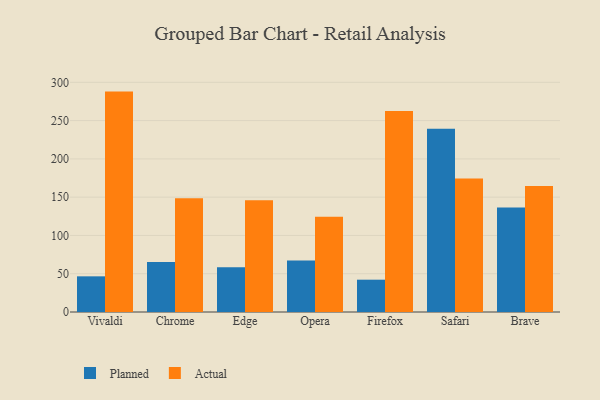
{"axis": {"x": "Browser", "y": "Operating Costs (USD K)"}, "legend": ["Actual", "Planned"], "data": [{"x": "Vivaldi", "y": 46.6, "type": "Planned"}, {"x": "Vivaldi", "y": 287.9, "type": "Actual"}, {"x": "Chrome", "y": 65.2, "type": "Planned"}, {"x": "Chrome", "y": 148.7, "type": "Actual"}, {"x": "Edge", "y": 58.6, "type": "Planned"}, {"x": "Edge", "y": 146.1, "type": "Actual"}, {"x": "Opera", "y": 67.3, "type": "Planned"}, {"x": "Opera", "y": 124.3, "type": "Actual"}, {"x": "Firefox", "y": 42.2, "type": "Planned"}, {"x": "Firefox", "y": 262.6, "type": "Actual"}, {"x": "Safari", "y": 239.5, "type": "Planned"}, {"x": "Safari", "y": 174.3, "type": "Actual"}, {"x": "Brave", "y": 136.5, "type": "Planned"}, {"x": "Brave", "y": 164.5, "type": "Actual"}]}